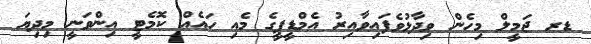
ޑރ ޖަމީލް މިހެން ވިދާޅުވެފައިވާއިރު އެމްޑީޕީގެ މެއި ހައެއް ކޮމެޓީ އިންވަނީ މިދިޔަ